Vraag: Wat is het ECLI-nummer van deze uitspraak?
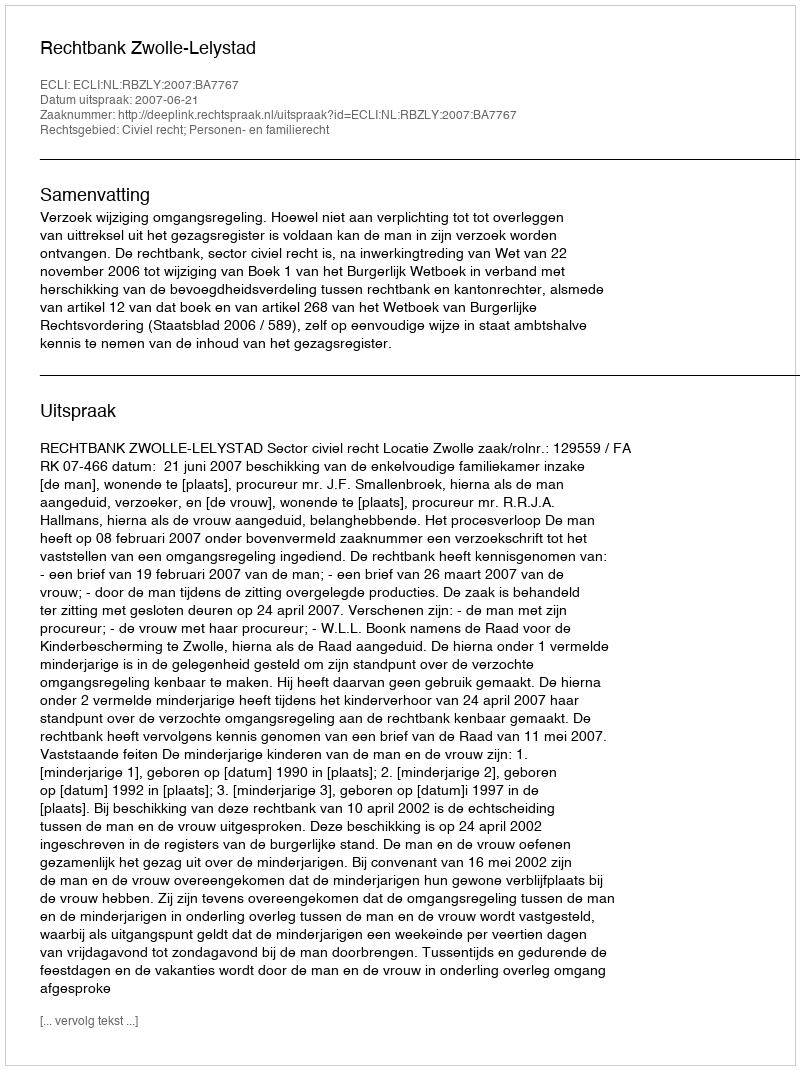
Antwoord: ECLI:NL:RBZLY:2007:BA7767